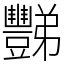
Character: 豒